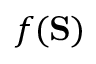
f ( \mathbf { S } )